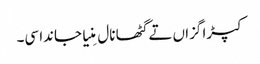
کپڑا گزاں تے گٹھا نال مِنیا جاندا سی۔